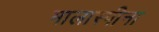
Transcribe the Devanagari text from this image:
मालास्पीना